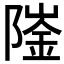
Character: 𨼅